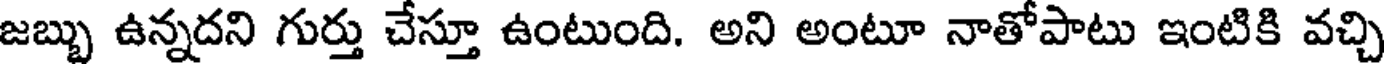
జబ్బు ఉన్నదని గుర్తు చేస్తూ ఉంటుంది. అని అంటూ నాతోపాటు ఇంటికి వచ్చి